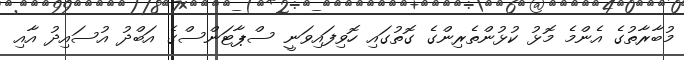
މުބާރާތުގެ އެންމެ މޮޅު ކުޅުންތެރިންގެ ގޮތުގައި ހޮވިފައިވަނީ ސްޕާޓަންސްގެ އަބްދު އުސައިދު އާއި